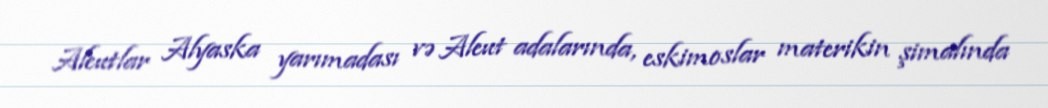
Aleutlar Alyaska yarımadası və Aleut adalarında, eskimoslar materikin şimalında